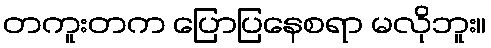
တကူးတက ပြောပြနေစရာ မလိုဘူး။